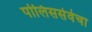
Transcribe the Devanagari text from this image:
पोलिससेवेचा